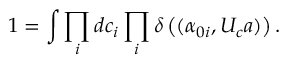
1 = \int \prod _ { i } d c _ { i } \prod _ { i } \delta \left( ( \alpha _ { 0 i } , U _ { c } a ) \right) .